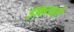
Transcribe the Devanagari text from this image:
इफ़्तारी